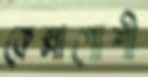
কেল্লাপোশী